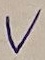
Text: V